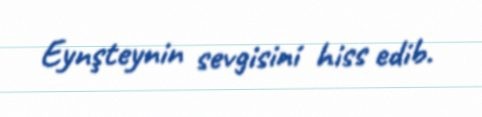
Eynşteynin sevgisini hiss edib.